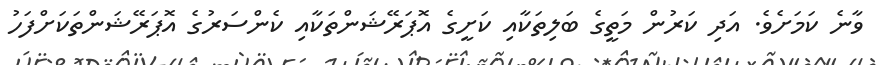
ވާނެ ކަމަށެވެ. އަދި ކަރުން މަތީގެ ބަލިތަކާއި ކަށީގެ އޮޕަރޭޝަންތަކާއި ކެންސަރުގެ އޮޕަރޭޝަންތަކަށްފަހު